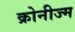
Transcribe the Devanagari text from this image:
क्रोनीज्म